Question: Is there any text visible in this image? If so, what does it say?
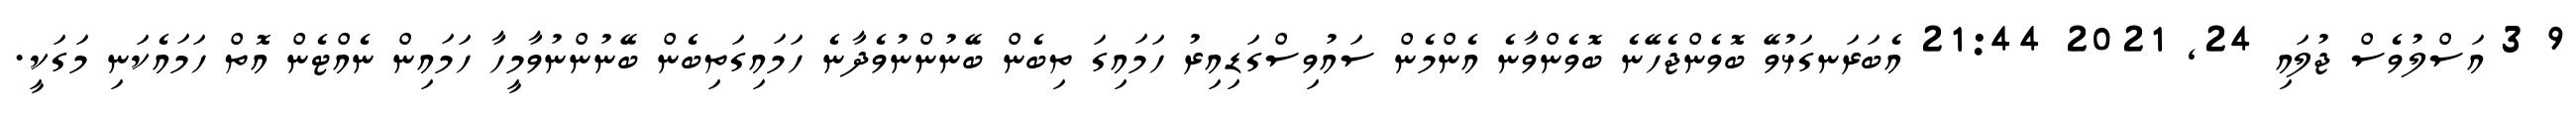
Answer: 9 3 އަސްލުވެސް ޖުލައި 24, 2021 21:44 އެބަރަނގަޅުވޭ ބޮވެންޖެހޭނެ ބޮވެންވާނެ އެންމެން ސައުވިސްގަޑިއިރު ހަމައިގަ ތިބެން ބޭނުންނުވެދާނެ ހަމައިގަތިބެން ބޭނުންނުވާމީހާ ހަމައިން ނެއްޓެން އޮތް ހަމައެކަނި މަގަކީ.